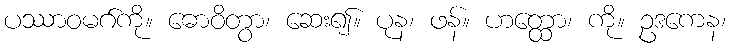
ပဿာဝမဂ်ကို။ ဓောဝိတွာ၊ ဆေး၍။ ပုန၊ ဖန်။ ဟတ္ထော၊ ကို။ ဥဒကေန၊